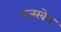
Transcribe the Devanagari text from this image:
राजखेरा